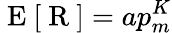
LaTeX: \mathrm{~E~}[\mathrm{~R~}]=ap_{m}^{K}